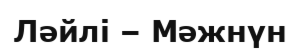
Ләйлі – Мәжнүн